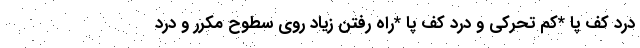
درد کف پا *کم تحرکی و درد کف پا *راه رفتن زیاد روی سطوح مکرر و درد